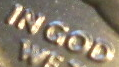
IN GOD